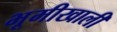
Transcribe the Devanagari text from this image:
भूमीखाली